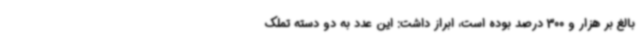
بالغ بر هزار و 300 درصد بوده است، ابراز داشت: این عدد به دو دسته تملک